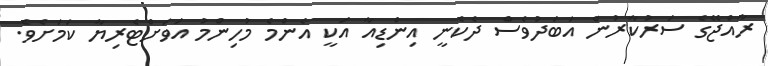
ރާއްޖޭގެ ސަރުކާރުން އަބަދުވެސް ދެކެނީ އިންޑިއާ އަކީ އެންމެ މުހިންމު އަވަށްޓެރިޔާ ކަމަށެވެ.